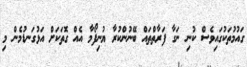
ގައުމުތަކުގައިވެސް ކުނި ނަގާ ފަރާތްތައް ބޭނުންކުރާ ޔުނިފޯމާ އެއް ގޮތަކަށް އަޅުގަނޑުމެން މި